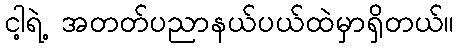
ငါ့ရဲ့ အတတ်ပညာနယ်ပယ်ထဲမှာရှိတယ်။